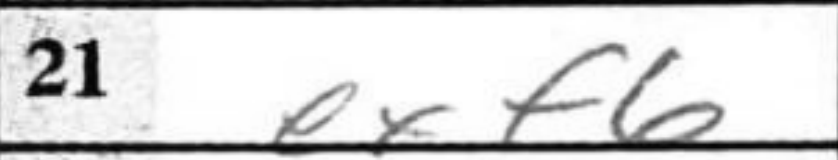
Transcription: exf6